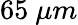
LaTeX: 65~\mu m